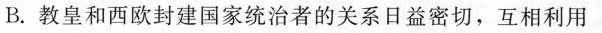
B.教皇和西欧封建国家统治者的关系日益密切，互相利用